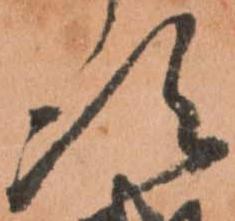
次